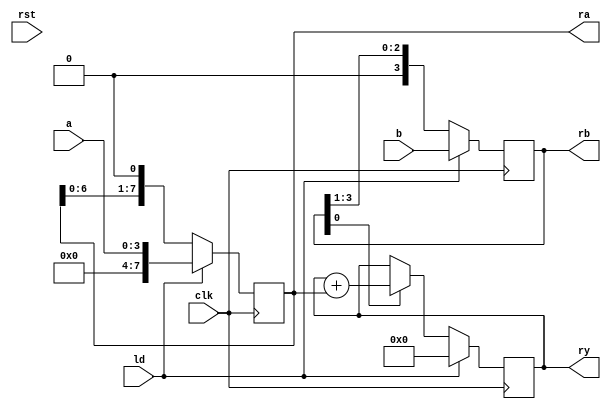
module mul(clk, rst, ld, a, b, ra, rb, ry);
	input  clk;      /*  */
	input  rst;      /*  */
	input  ld;       /*  */
	input  [3:0] a;  /*  */
	input  [3:0] b;  /*  */
	output [7:0] ra; /*  */
	output [3:0] rb; /*  */
	output [7:0] ry; /*  */
	
	reg [7:0] ra;    /*  */
	reg [3:0] rb;    /*  */
	reg [7:0] ry;    /*  */
	
	/*  */
	always@(posedge clk) begin
		if(ld == 1'b1) begin
			ra <= {4'b0000, a};
		end else begin
			ra <= {ra[6:0], 1'b0};
		end
	end
	
	always@(posedge clk) begin
		if(ld == 1'b1) begin
			rb <= b;
		end else begin
			rb <= {1'b0, rb[3:1]};
		end
	end

	always@(posedge clk) begin
		if(ld == 1'b1) begin
			ry <= 8'b00000000;
		end else if(rb[0] == 1'b1) begin
			ry <= ry + ra;
		end
	end
	

	/*  */
endmodule